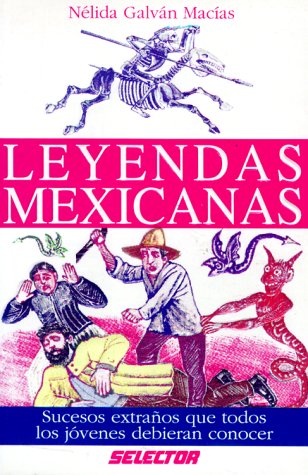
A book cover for Leyendas Mexicanas (Spanish Edition); Nelida Galvan MacIas; Children's Books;